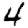
Digit: 4